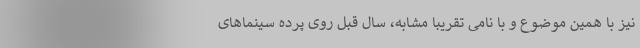
نیز با همین موضوع و با نامی تقریبا مشابه، سال قبل روی پرده سینماهای